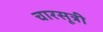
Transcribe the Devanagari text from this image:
चारसूत्री